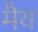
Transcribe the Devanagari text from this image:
मैय